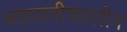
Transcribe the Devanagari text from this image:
बहामनीकालीन